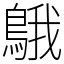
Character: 䳘